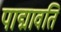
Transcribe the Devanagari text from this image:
पाद्मावति